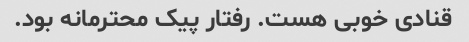
قنادی خوبی هست. رفتار پیک محترمانه بود.